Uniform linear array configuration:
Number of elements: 8
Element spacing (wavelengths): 0.75
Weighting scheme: binomial
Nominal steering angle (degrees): -15
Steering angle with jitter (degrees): -14.963
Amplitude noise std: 0.05
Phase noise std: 0.05

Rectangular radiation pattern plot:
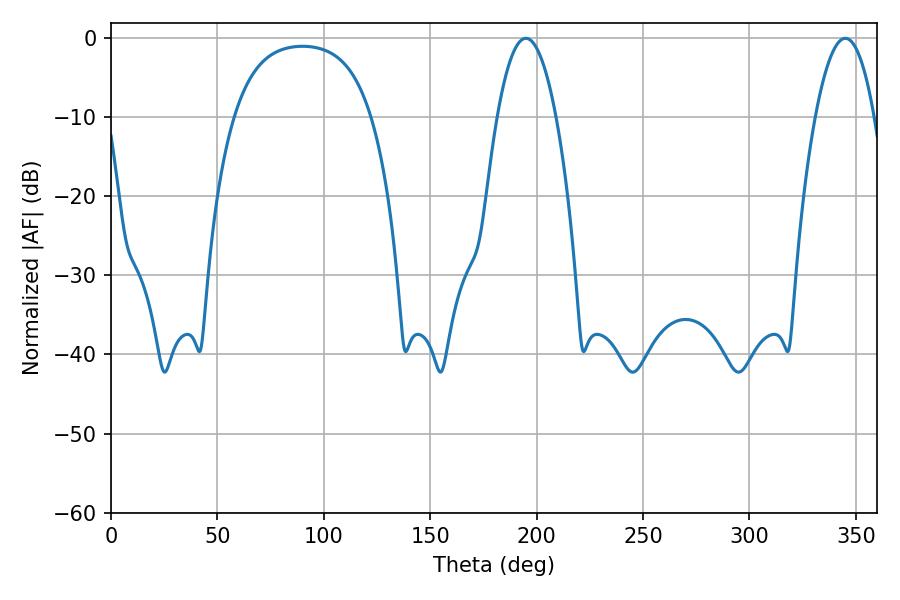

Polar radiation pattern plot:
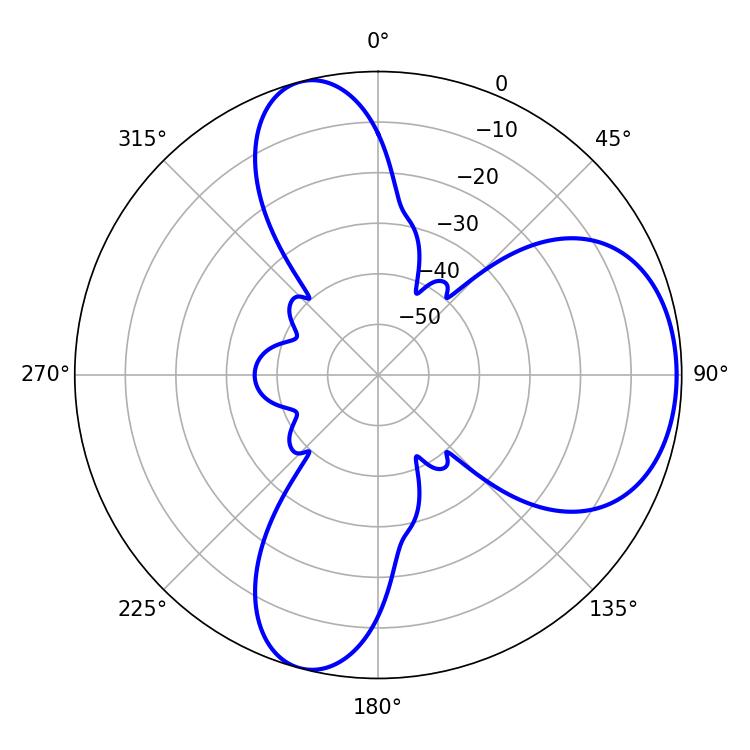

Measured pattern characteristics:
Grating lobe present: TRUE
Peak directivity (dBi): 6.613
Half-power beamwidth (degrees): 15.3
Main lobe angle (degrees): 194.94